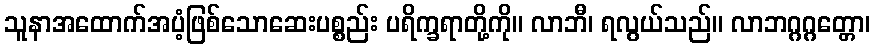
သူနာအထောက်အပံ့ဖြစ်သောဆေးပစ္စည်း ပရိက္ခရာတို့ကို။ လာဘီ၊ ရလွယ်သည်။ လာဘဂ္ဂဂ္ဂတ္တော၊